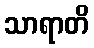
သာရာတိ